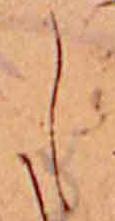
し